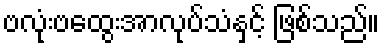
ဗလုံးဗထွေးအာလုပ်သံနှင့် ဖြစ်သည်။